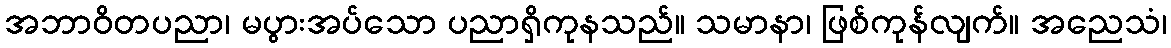
အဘာဝိတပညာ၊ မပွားအပ်သော ပညာရှိကုနသည်။ သမာနာ၊ ဖြစ်ကုန်လျက်။ အညေသံ၊